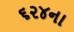
૬૨૪ના